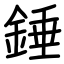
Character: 錘